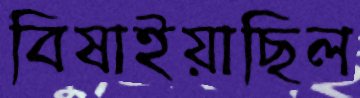
বিষাইয়াছিল